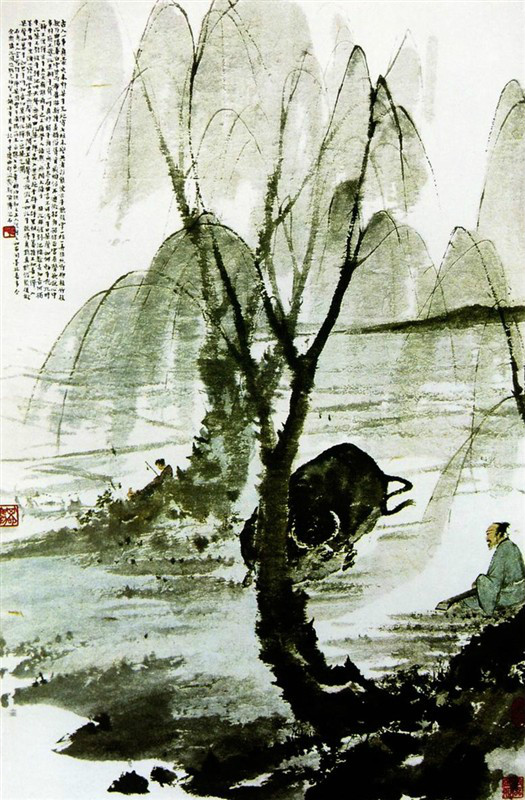
飞絮濛濛。垂柳阑干尽日风。